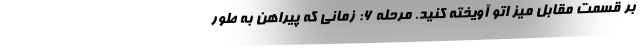
بر قسمت مقابل میز اتو آویخته کنید. مرحله 6: زمانی که پیراهن به طور